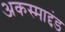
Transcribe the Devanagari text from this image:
अकस्माद्दंड